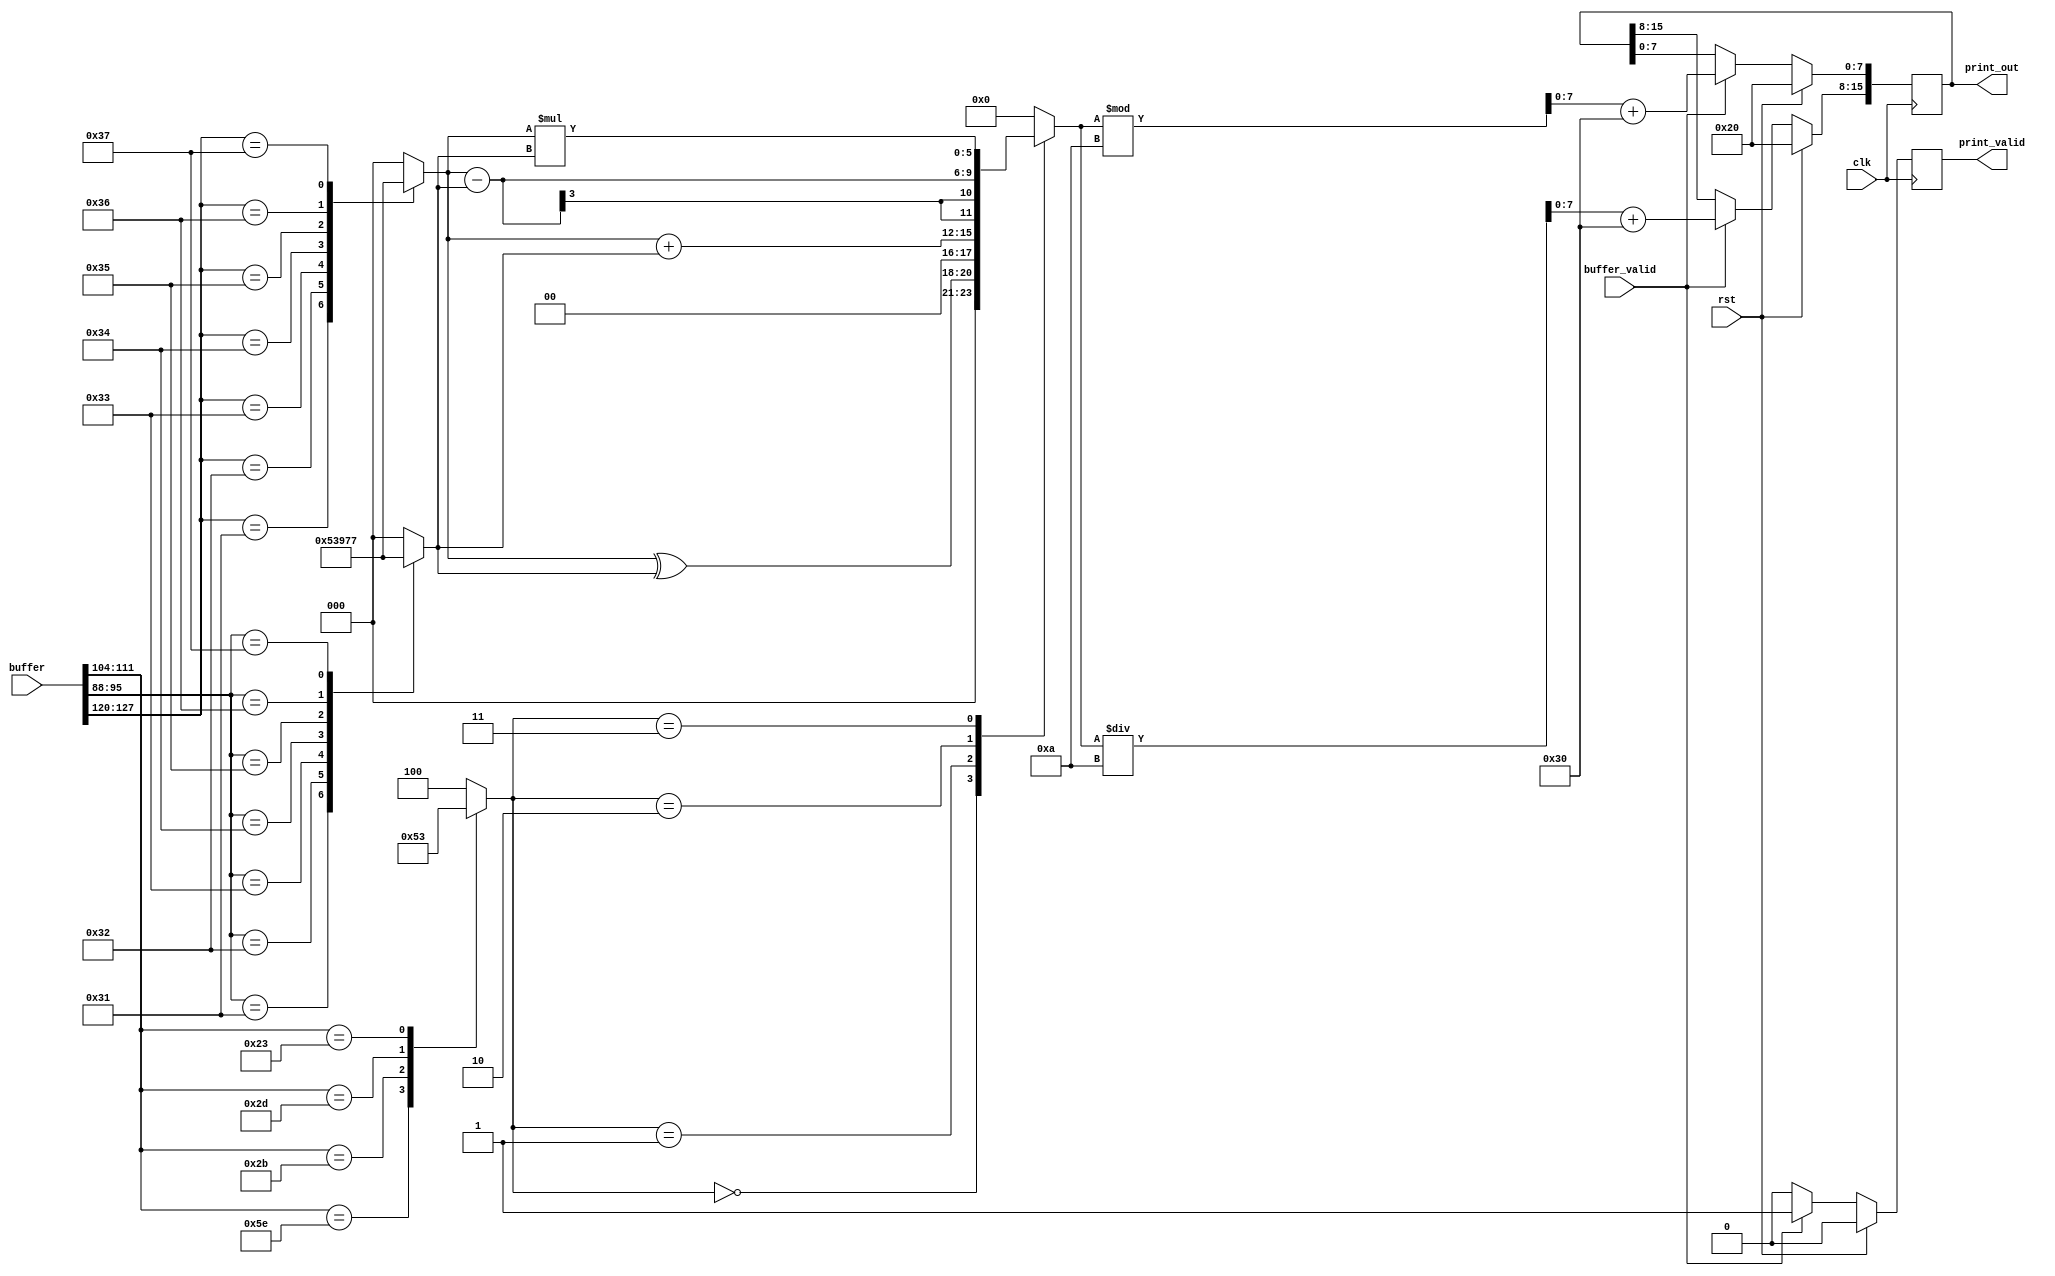
`ifndef _include_alu_command_
`define _include_alu_command_

`define ALU_CMD_XOR 3'b000
`define ALU_CMD_ADD 3'b001
`define ALU_CMD_SUB 3'b010
`define ALU_CMD_MUL 3'b011
`define ALU_CMD_QQQ 3'b100

module AluCommand (
        input  wire [127:0] buffer,
        input  wire         buffer_valid,

        output reg  [ 15:0] print_out,
        output reg          print_valid,

        input  wire         clk,
        input  wire         rst
    );

    reg [2:0] A, B;
    reg [2:0] cmd;
    reg [5:0] result;

    always @(*) begin
        case (buffer[127:120])
            "0": A = 3'd0;
            "1": A = 3'd1;
            "2": A = 3'd2;
            "3": A = 3'd3;
            "4": A = 3'd4;
            "5": A = 3'd5;
            "6": A = 3'd6;
            "7": A = 3'd7;
            default: A = 3'd0;
        endcase
    end

    always @(*) begin
        case (buffer[95:88])
            "0": B = 3'd0;
            "1": B = 3'd1;
            "2": B = 3'd2;
            "3": B = 3'd3;
            "4": B = 3'd4;
            "5": B = 3'd5;
            "6": B = 3'd6;
            "7": B = 3'd7;
            default: B = 3'd0;
        endcase
    end

    always @(*) begin
        case (buffer[111:104])
            "^": cmd = `ALU_CMD_XOR;
            "+": cmd = `ALU_CMD_ADD;
            "-": cmd = `ALU_CMD_SUB;
            "#": cmd = `ALU_CMD_MUL;
            default: cmd = `ALU_CMD_QQQ;
        endcase
    end

    always @(*) begin
        case (cmd)
            `ALU_CMD_XOR: result = {3'b0, A ^ B};
            `ALU_CMD_ADD: result = A + B;
            `ALU_CMD_SUB: result = A - B;
            `ALU_CMD_MUL: result = A * B;
				`ALU_CMD_QQQ: result = 0;
				default: result = 0;
        endcase
    end

    always @(posedge clk) begin
        if (rst) begin
            print_out <= {2{8'b00100000}};
            print_valid <= 0;

        end else if (buffer_valid) begin
            print_out[15:8] <= (result / 10) + "0";
            print_out[7:0] <= (result % 10) + "0";
            print_valid <= 1;
        end else begin
            print_valid <= 0;
        end
    end
endmodule
`endif // _include_alu_command_